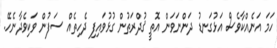
ހަމަ އަނެއްކާވެސް އަޅުގަނޑު ދަންނަވަން އޮތީ ޤުދްރަތުން ގުޅުވައިފި ދެހިތެއް ސަފުން ވަކިވެދާނެހޭ.